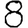
Digit: 8